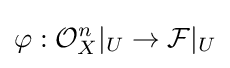
\varphi :{\mathcal {O}}_{X}^{n}|_{U}\to {\mathcal {F}}|_{U}